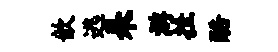
歆逃耒游挂酷